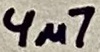
Text: 4µ7